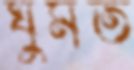
ঘুমত